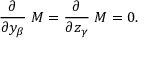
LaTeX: { \frac { \partial } { \partial y _ { \beta } } } \; M = { \frac { \partial } { \partial z _ { \gamma } } } \; M = 0 .